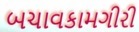
બચાવકામગીરી